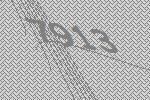
7913